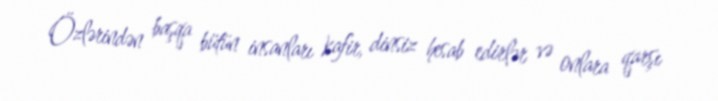
Özlərindən başqa bütün insanları kafir, dinsiz hesab edirlər və onlara qarşı